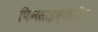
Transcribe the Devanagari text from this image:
फिनसाइक्लिडीन